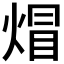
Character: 𤊻